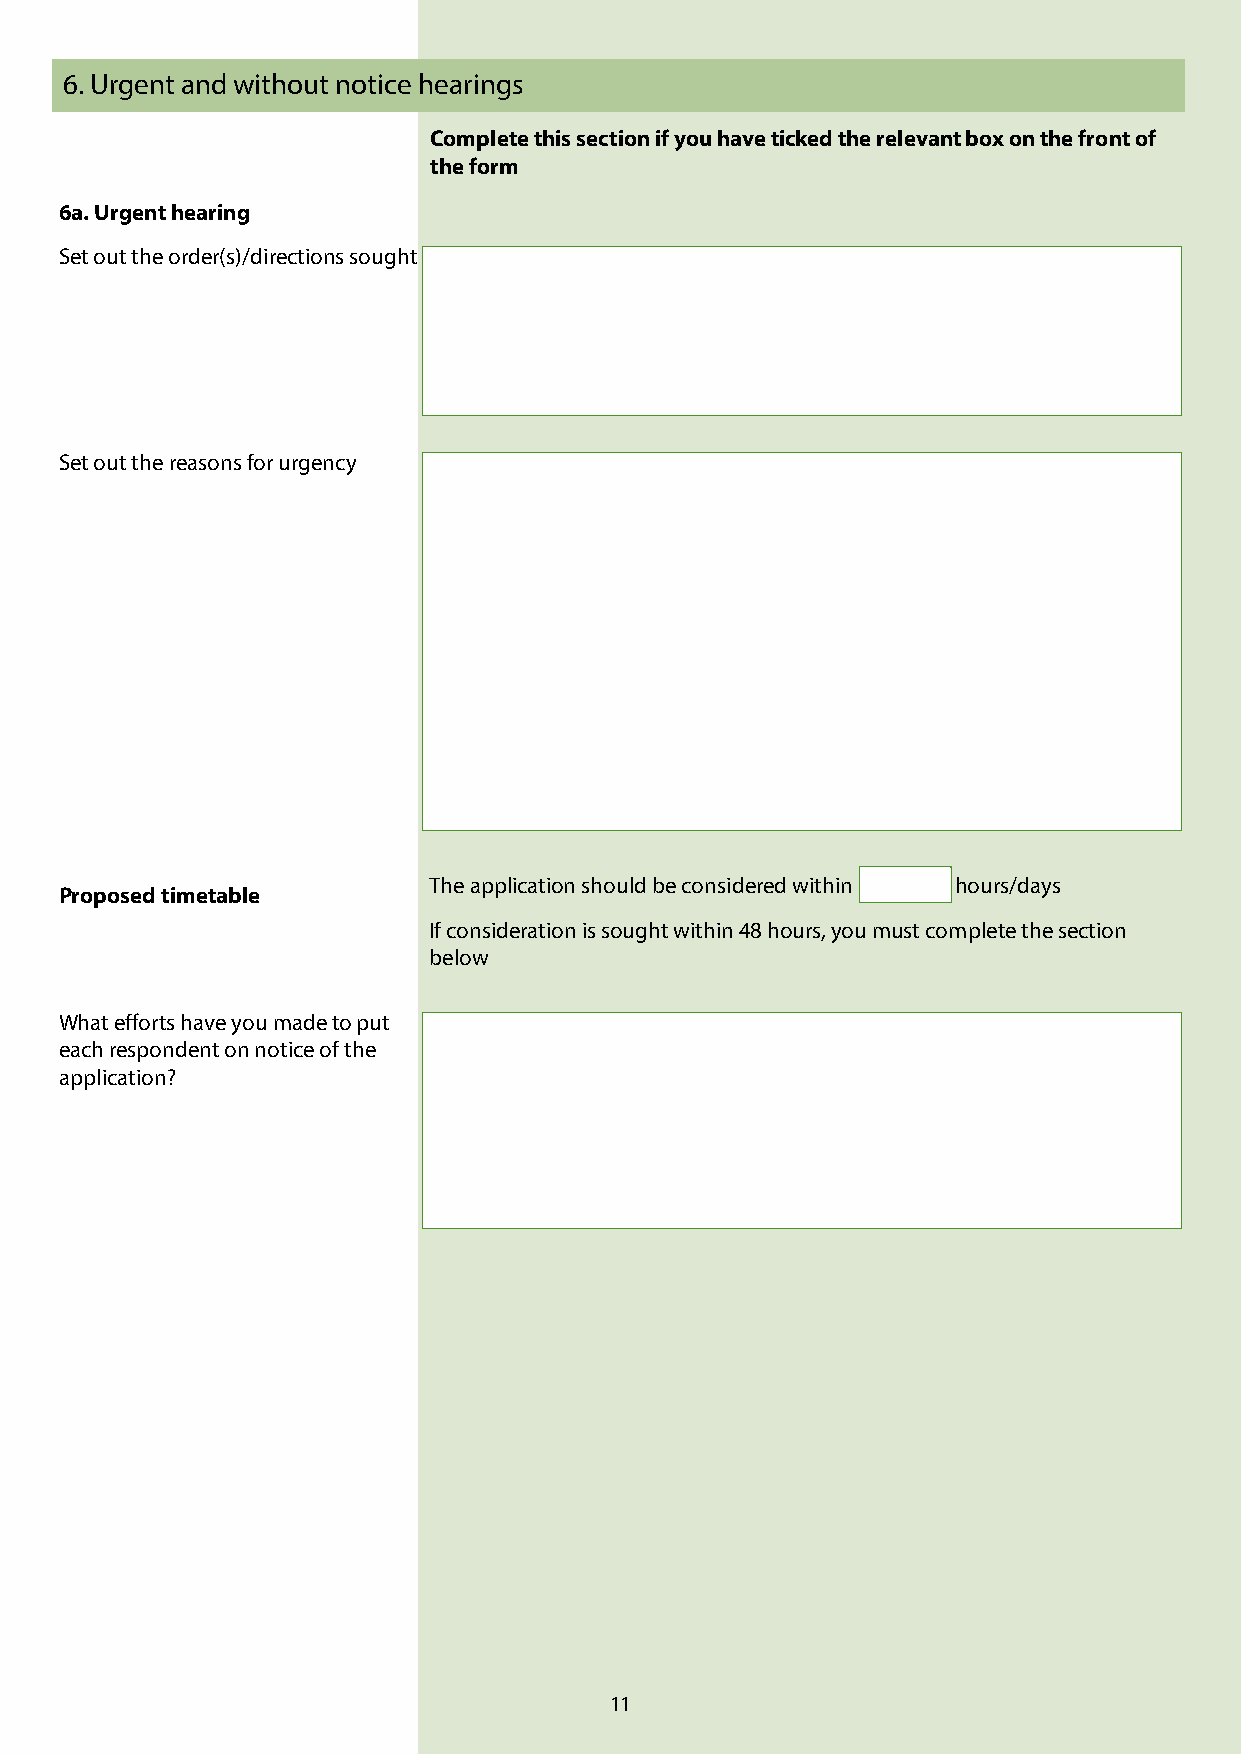
6. Urgent and without notice hearings
 Complete this section if you have ticked the relevant box on the front of
 the form
 6a. Urgent hearing
 Set out the order(s)/directions sought
 Set out the reasons for urgency
 The application should be considered within hours/days
 Proposed timetable
 If consideration is sought within 48 hours, you must complete the section
 below
 What efforts have you made to put
 each respondent on notice of the
 application?
 11